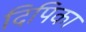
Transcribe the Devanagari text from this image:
दिपिका